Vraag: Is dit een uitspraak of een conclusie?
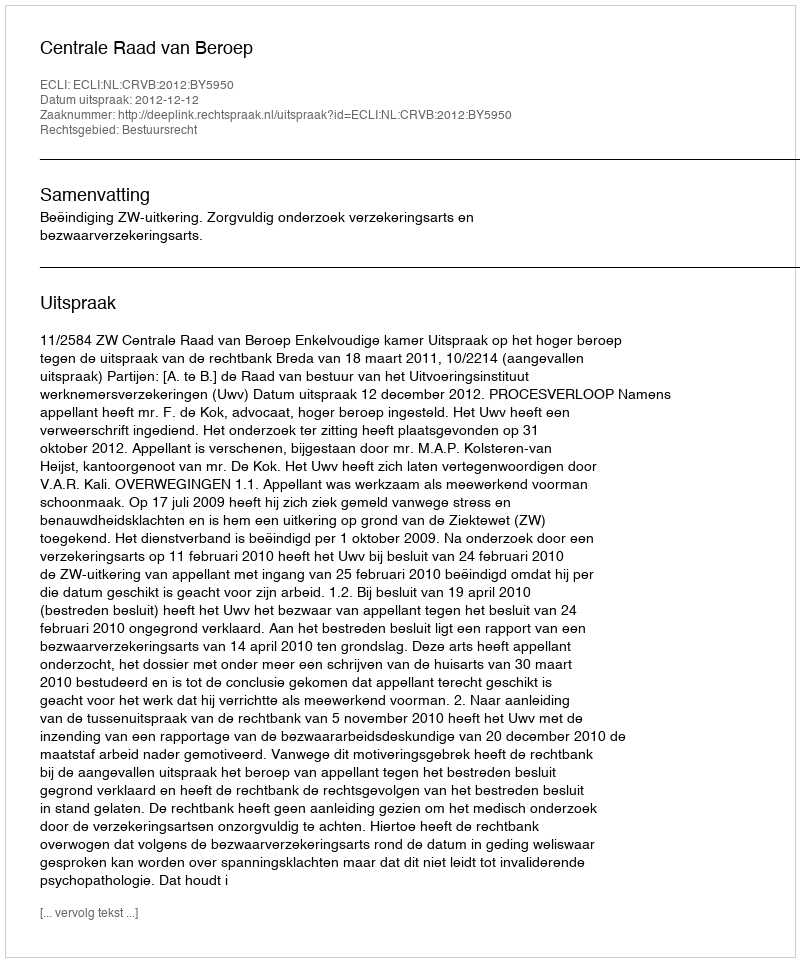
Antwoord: Uitspraak